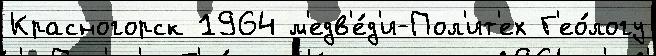
Красногорск 1964 м'едв'е́д'и-Пол'ит'ех Г'ео́логу